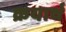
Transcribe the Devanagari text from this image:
क्रयार्थ